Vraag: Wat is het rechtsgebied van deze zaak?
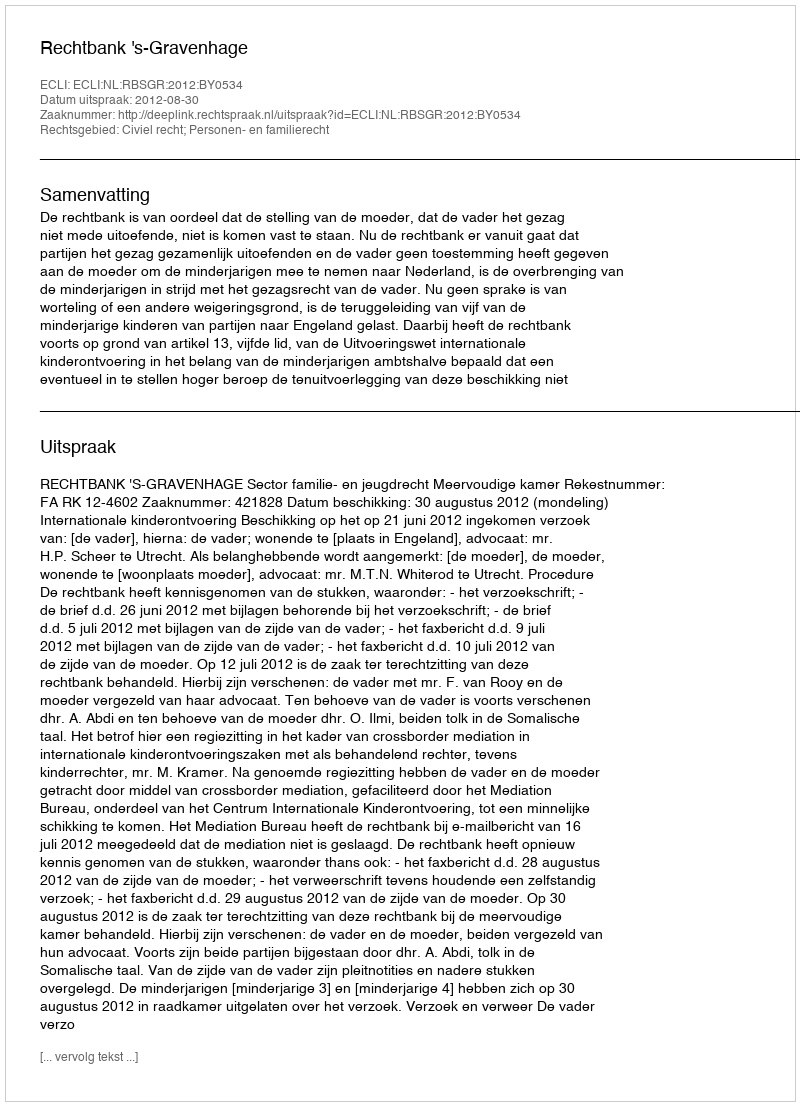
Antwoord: Civiel recht; Personen- en familierecht